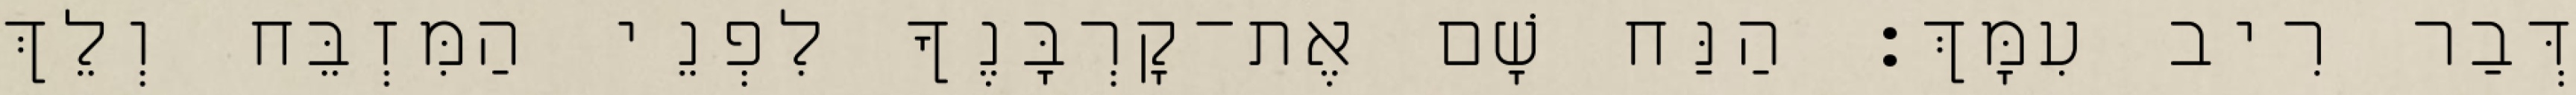
דְּבַר רִיב עִמָּךְ׃ הַנַּח שָׁם אֶת־קָרְבָּנֶךָ לִפְנֵי הַמִּזְבֵּח וְלֵךְ